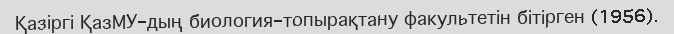
Қазіргі ҚазМУ-дың биология-топырақтану факультетін бітірген (1956).